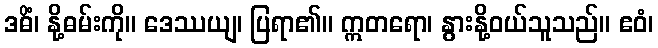
ဒဓိံ၊ နို့ဓမ်းကို။ ဒေဿယျ၊ ပြရာ၏။ ဣတရော၊ နွားနို့ဝယ်သူသည်။ ဧဝံ၊